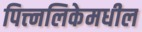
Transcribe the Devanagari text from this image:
पित्त्नलिकेमधील